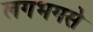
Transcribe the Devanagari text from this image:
लगभगसे